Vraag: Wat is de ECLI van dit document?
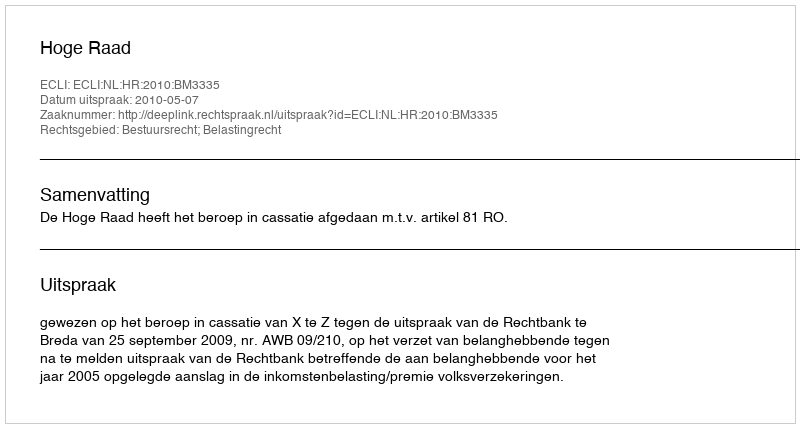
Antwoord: ECLI:NL:HR:2010:BM3335